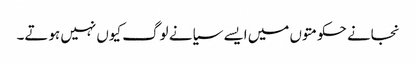
نجانے حکومتوں میں ایسے سیانے لوگ کیوں نہیں ہوتے۔